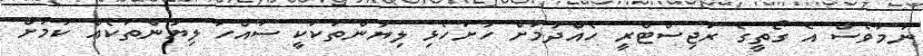
ނަމަވެސް އެ ގޯތީގެ ރަޖިސްޓްރީ ހެއްދުމަށް ހުށަހެޅި ލިޔުންތަކަކީ ސައްހަ ލިޔުންތަކެއް ކަމަށް